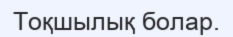
Тоқшылық болар.